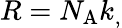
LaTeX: R=N_{\mathrm{{A}}}k_{,}